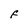
Character: F